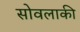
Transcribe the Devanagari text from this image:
सोवलाकी